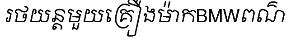
រថយន្តមួយគ្រឿងម៉ាកBMWពណ៌